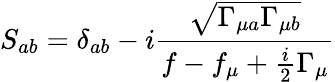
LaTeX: S_{ab}=\delta_{ab}-i\frac{\sqrt{\Gamma_{\mu a}\Gamma_{\mu b}}}{f-f_{\mu}+\frac{i}{2}\Gamma_{\mu}}